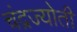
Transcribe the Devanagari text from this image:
चंद्रज्योती